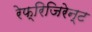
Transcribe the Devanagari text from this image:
रेफ्रिजिरेन्ट